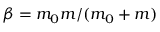
\beta = m _ { 0 } m / ( m _ { 0 } + m )